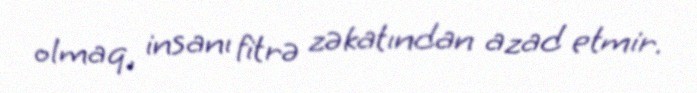
olmaq, insanı fitrə zəkatından azad etmir.